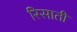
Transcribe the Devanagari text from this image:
रिसाती